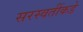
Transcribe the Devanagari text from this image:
सरस्वतींकडे